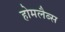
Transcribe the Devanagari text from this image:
होमलैब्स